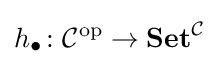
h_{\bullet }\colon {\mathcal {C}}^{\text{op}}\to \mathbf {Set} ^{\mathcal {C}}